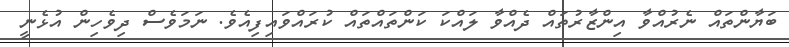
ބަޔާންތައް ނެރުއްވާ އިންޒާރުތައް ދެއްވާ ލައްކަ ކަންތައްތައް ކުރައްވައިފިއެވެ. ނަމަވެސް ދިވެހިން އުޅެނީ